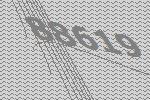
88619